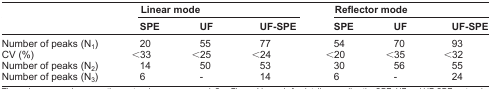
<table><thead><tr><td></td><td colspan="3"><b>Linear mode</b></td><td colspan="3"><b>Reflector mode</b></td></tr><tr><td></td><td><b>SPE</b></td><td><b>UF</b></td><td><b>UF-SPE</b></td><td><b>SPE</b></td><td><b>UF</b></td><td><b>UF-SPE</b></td></tr></thead><tbody><tr><td>Number of peaks (N<sub>1</sub>)</td><td>20</td><td>55</td><td>77</td><td>54</td><td>70</td><td>93</td></tr><tr><td>CV (%)</td><td>&lt;33</td><td>&lt;25</td><td>&lt;24</td><td>&lt;20</td><td>&lt;35</td><td>&lt;32</td></tr><tr><td>Number of peaks (N<sub>2</sub>)</td><td>14</td><td>50</td><td>53</td><td>30</td><td>56</td><td>55</td></tr><tr><td>Number of peaks (N<sub>3</sub>)</td><td>6</td><td>-</td><td>14</td><td>6</td><td>-</td><td>24</td></tr></tbody></table>